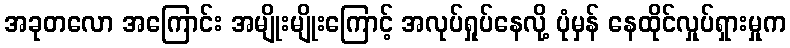
အခုတလော အကြောင်း အမျိုးမျိုးကြောင့် အလုပ်ရှုပ်နေလို့ ပုံမှန် နေထိုင်လှုပ်ရှားမှုက